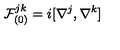
{ \cal F } _ { ( 0 ) } ^ { j k } = i [ \nabla ^ { j } , \nabla ^ { k } ]